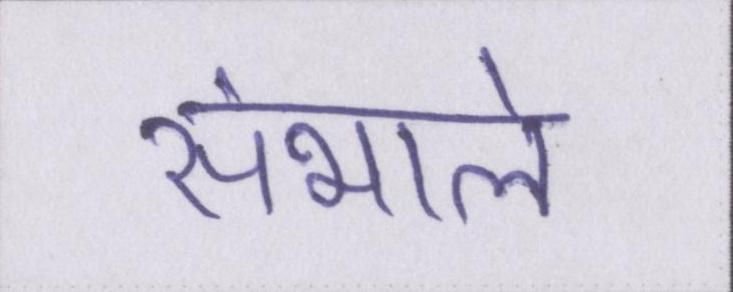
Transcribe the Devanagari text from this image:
संभाले